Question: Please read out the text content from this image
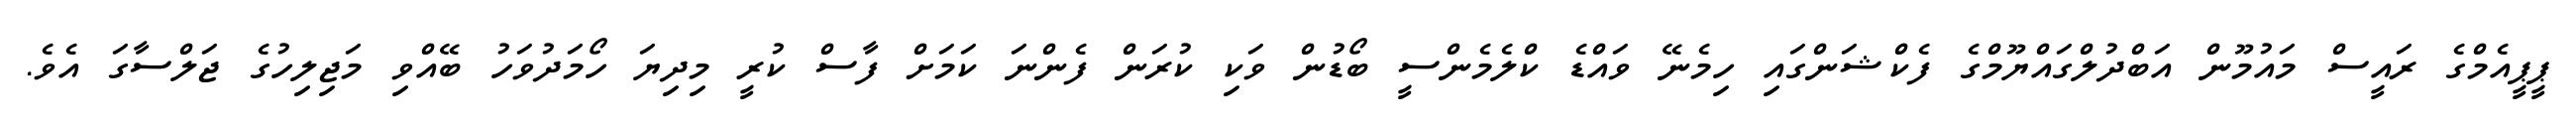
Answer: ޕީޕީއެމްގެ ރައީސް މައުމޫން އަބްދުލްގައްޔޫމްގެ ފެކްޝަންގައި ހިމެނޭ ވައްޑެ ކްލެމެންސީ ބޯޑުން ވަކި ކުރަން ފެންނަ ކަމަށް ފާސް ކުރީ މިދިޔަ ހޯމަދުވަހު ބޭއްވި މަޖިލިހުގެ ޖަލްސާގަ އެވެ.